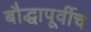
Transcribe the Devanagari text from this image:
बौद्धापूर्वीच